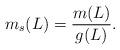
LaTeX: \begin{align*}m_s(L)=\frac{m(L)}{g(L)}.\end{align*}